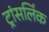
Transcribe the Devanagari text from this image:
ट्रांसलिंक